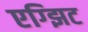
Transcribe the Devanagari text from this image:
एग्झिट